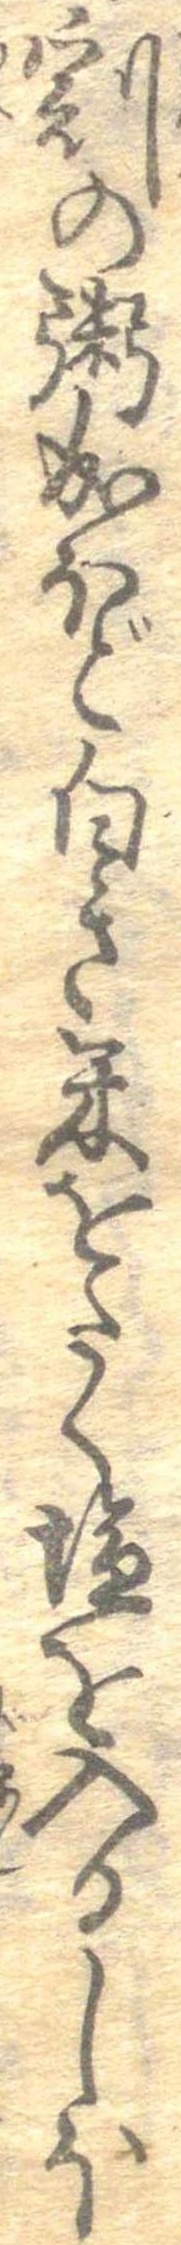
割の粥成ほど白き米をたく塩を入るしほ